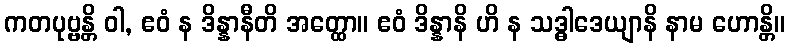
ကတပုဗ္ဗန္တိ ဝါ, ဧဝံ န ဒိန္နာနီတိ အတ္ထော။ ဧဝံ ဒိန္နာနိ ဟိ န သဒ္ဓါဒေယျာနိ နာမ ဟောန္တိ။